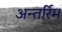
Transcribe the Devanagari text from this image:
अन्तर्रिम